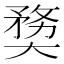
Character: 奦